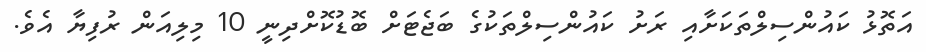
އަތޮޅު ކައުންސިލްތަކަށާއި ރަށު ކައުންސިލްތަކުގެ ބަޖެޓަށް ބޮޑުކޮށްދިނީ 10 މިލިއަން ރުފިޔާ އެވެ.